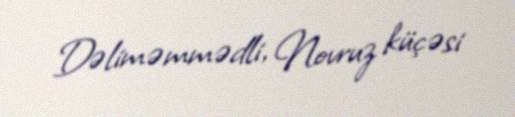
Dəliməmmədli, Novruz küçəsi